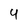
Character: 4